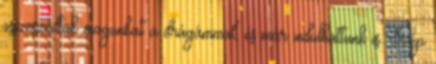
összeszedtük magunkat a drágámmal, és már indulhattunk is. Szép